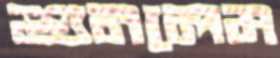
শুনলেম